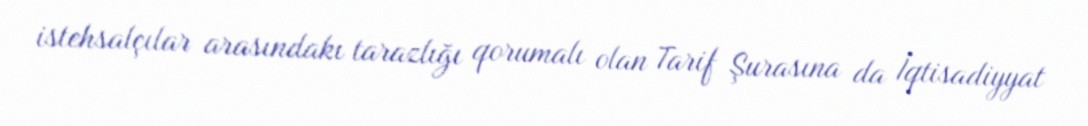
istehsalçılar arasındakı tarazlığı qorumalı olan Tarif Şurasına da İqtisadiyyat